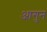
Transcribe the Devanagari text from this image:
आगुन